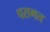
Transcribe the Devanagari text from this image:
परागत